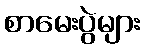
စာမေးပွဲများ